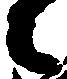
々